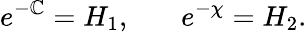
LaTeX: e^{-\mathbb{C}}=H_{1},~~~~~~~e^{-\chi}=H_{2}.